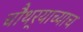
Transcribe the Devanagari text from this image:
चौथर्‍याच्याच